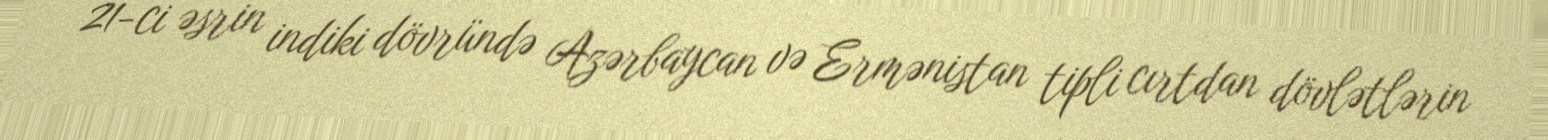
21-ci əsrin indiki dövründə Azərbaycan və Ermənistan tipli cırtdan dövlətlərin